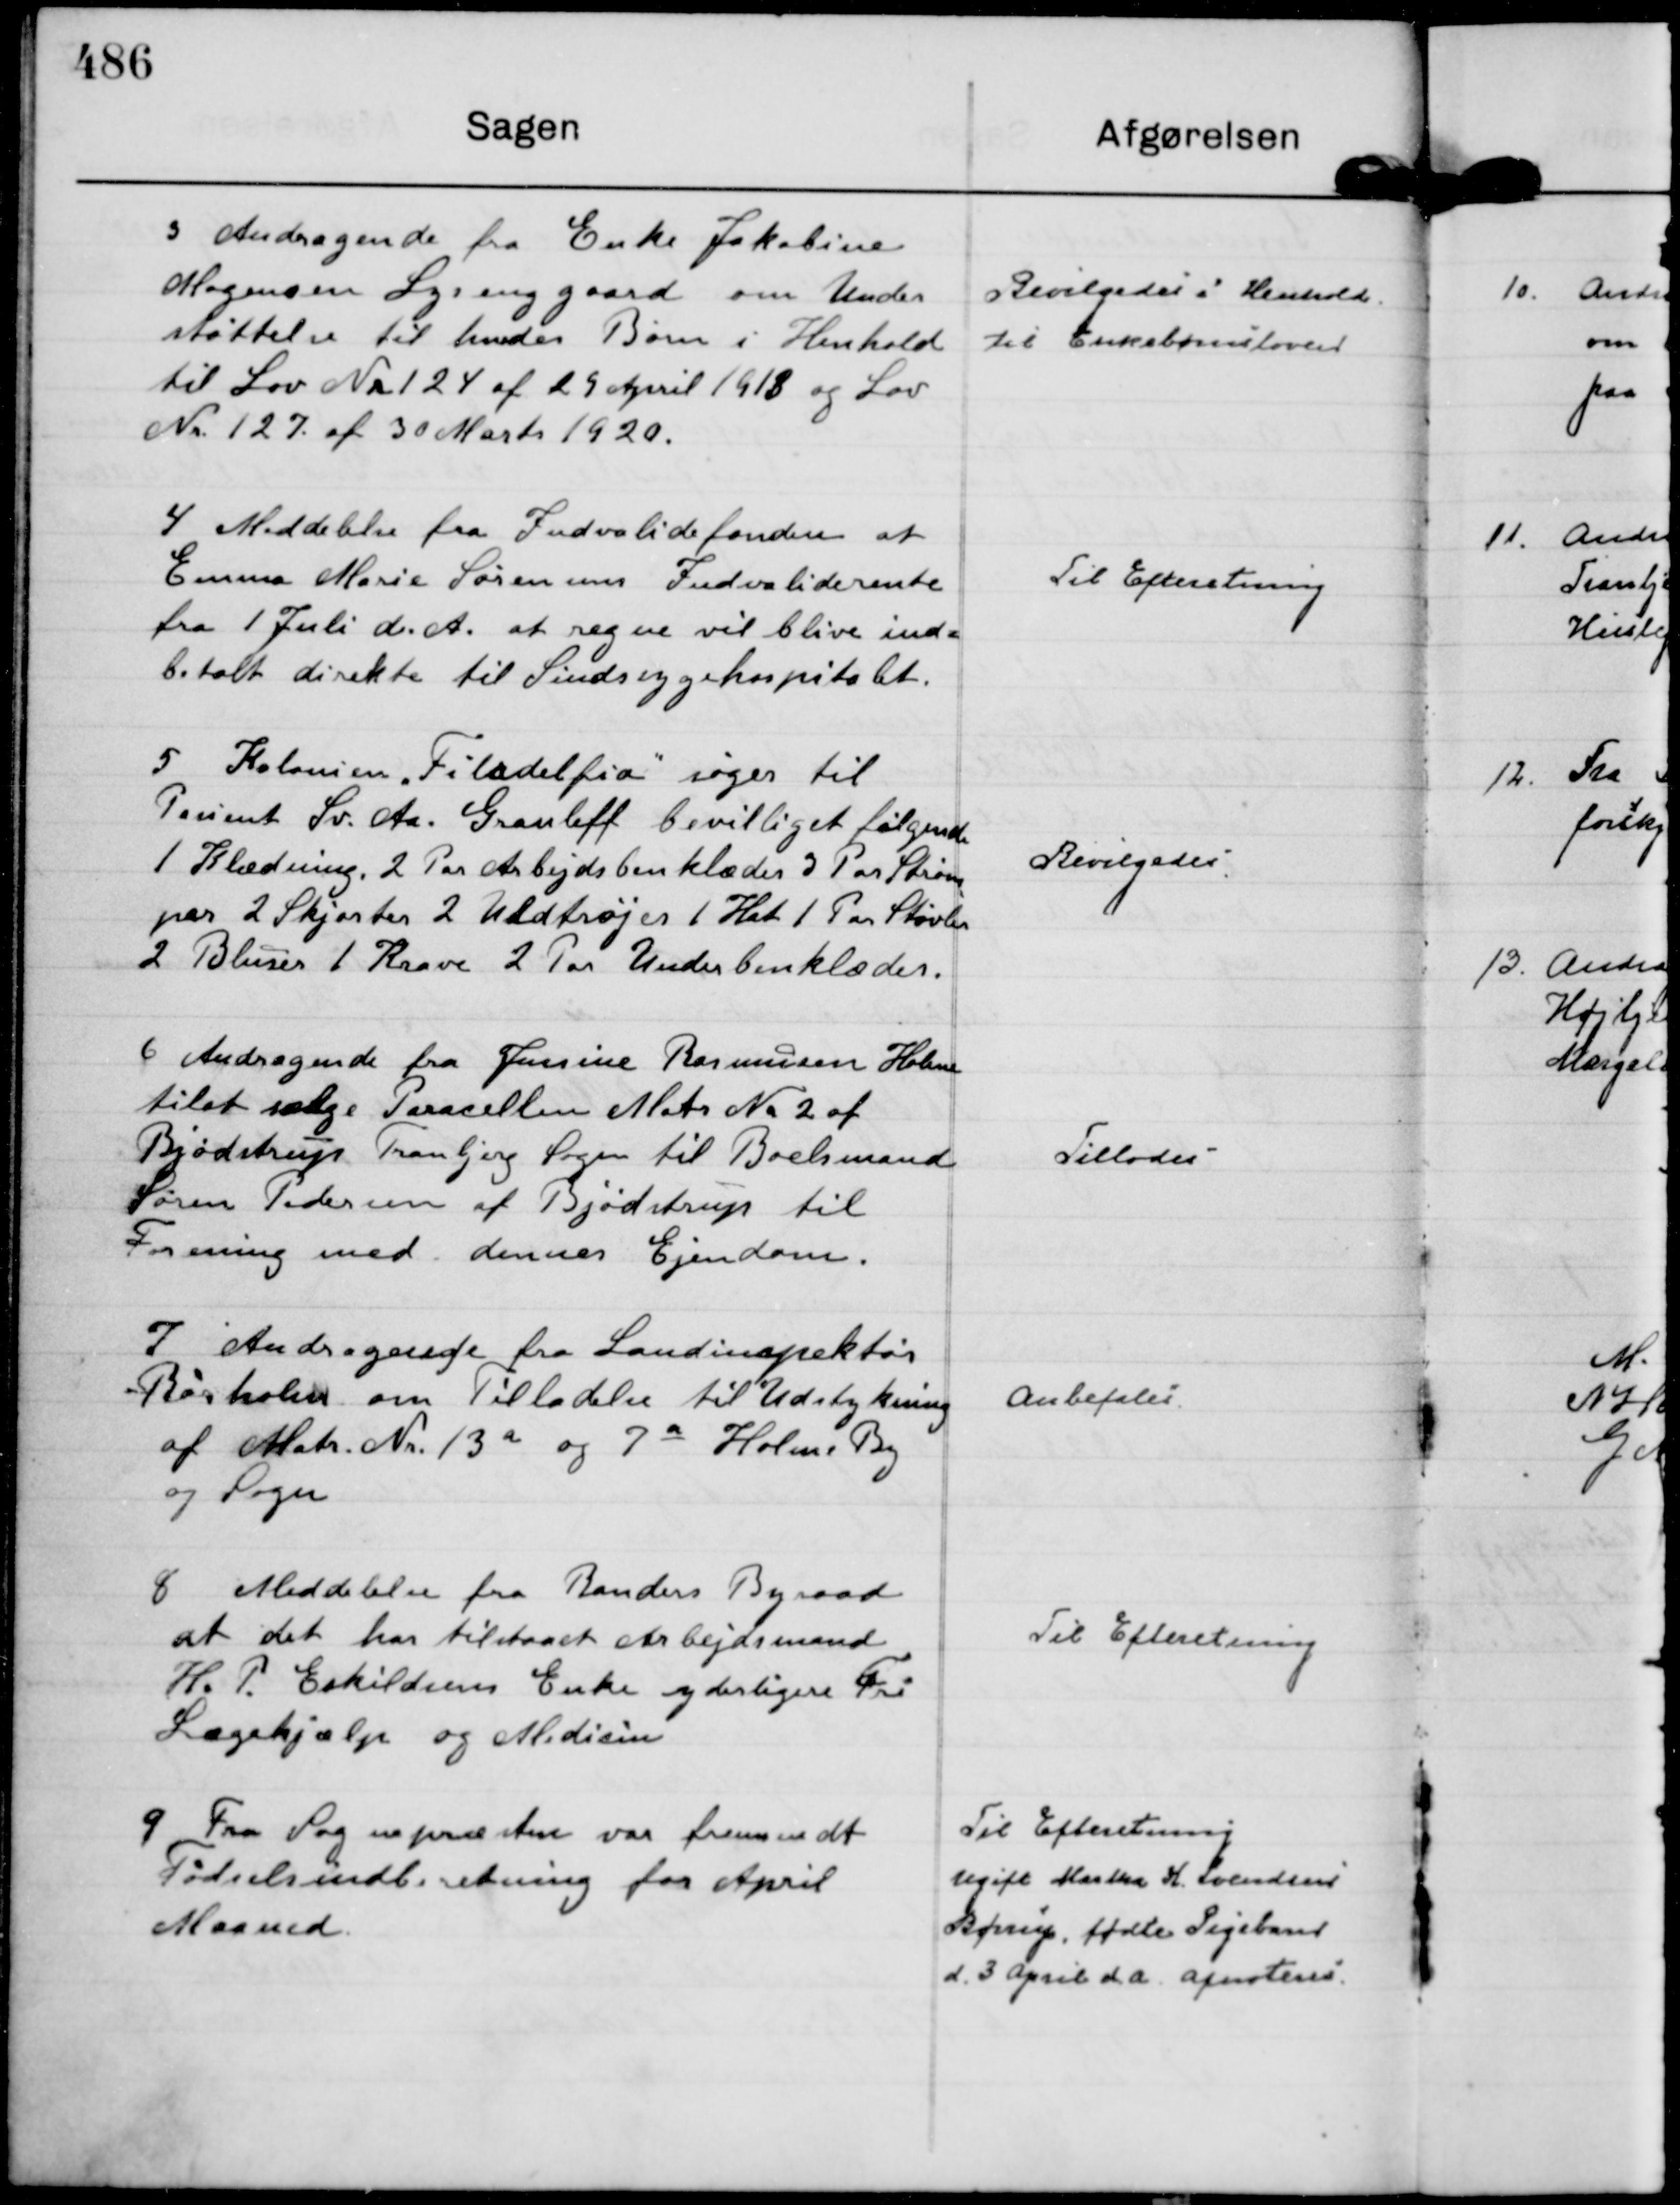
Transskription:
3
Andragende fra Enke Jakobine
Mogensen Lysenggaard om Under
støttelse til hendes Børn i Henhold
til Lov Nr 124 af 29 April 1918 og Lov
Nr. 127. af 30 Marts 1920.

Bevilgedes i Henhold
til Enkebørnsloven

4
Meddelelse fra Indvalidefonden at
Emma Marie Sørensens Indvaliderente
fra 1 Juli d. A. at regne vil blive ind=
betalt direkte til Sindssygehospitalet.

Til Efteretning

5
Kolonien "Filadelfia"

søger til
Pasient Sv. Aa. Grauleff bevilliget følgende 
1 Klædning, 2 Par Arbejdsbenklæder 3 Par Strøm=
per 2 skjorter 2 Uldtrøjer 1 Hat 1 Par Støvler 
2 Bluser 1 Krave 2 Par Underbenklæder.

Bevilgedes

6
Andragende fra Jussine Rasmussen Holme
tilat sælge Parcellen Matr No 2 af
Bjødstrup Tranbjerg Sogn til Boelsmand
Søren Pedersen af Bjødstrup til
Forening med dennes Ejendom.

Tillodes

7
Andragende fra Landinspektør
Rørholm om Tilladelse til Udstykning
af Matr. Nr. 13 a og 7 a Holme By
og Sogn

Anbefales

8
Meddelelse fra Randers Byraad
at det har tilstaaet Arbejdsmand
H. P. Eskildsens Enke yderligere Fri
Lægehjælp og Medicin

Til Efteretning

9
Fra Sog nepræsten var fremsendt 
Fødselsindberetning for April
Maaned.

Til Efteretning
ugift Martha K. Svendsens
Børrup, fødte Pigebarn
d. 3 April d. a. afnoteres.